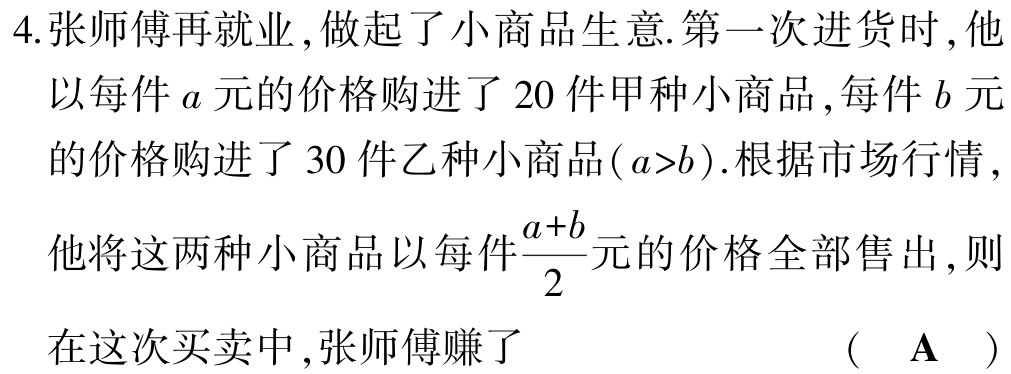
4.张师傅再就业,做起了小商品生意.第一次进货时,他以每件\(a\)元的价格购进了\(20\)件甲种小商品,每件\(b\)元的价格购进了\(30\)件乙种小商品(\(a>b\)).根据市场行情,他将这两种小商品以每件\(\frac{a + b}{2}\)元的价格全部售出,则在这次买卖中,张师傅赚了 （ \(\mathbf{A}\) ）